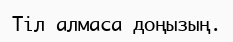
Тіл алмаса доңызың.